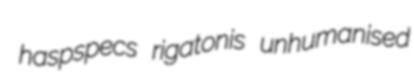
haspspecs rigatonis unhumanised